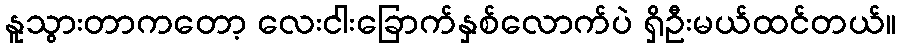
နူသွားတာကတော့ လေးငါးခြောက်နှစ်လောက်ပဲ ရှိဦးမယ်ထင်တယ်။